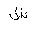
Letter: _shin